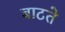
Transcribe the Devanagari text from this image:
बाटते